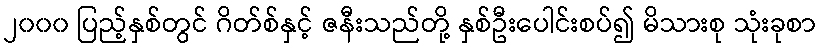
၂၀၀၀ ပြည့်နှစ်တွင် ဂိတ်စ်နှင့် ဇနီးသည်တို့ နှစ်ဦးပေါင်းစပ်၍ မိသားစု သုံးခုစာ